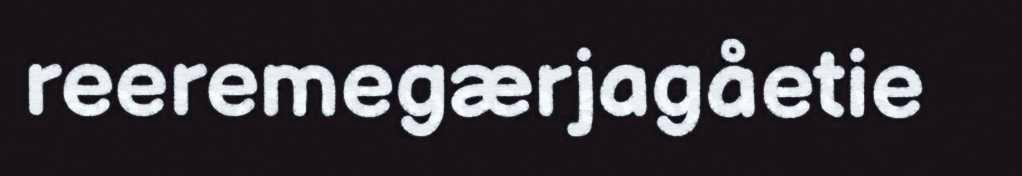
reeremegærjagåetie